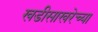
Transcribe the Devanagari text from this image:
खडीसाखरेच्या